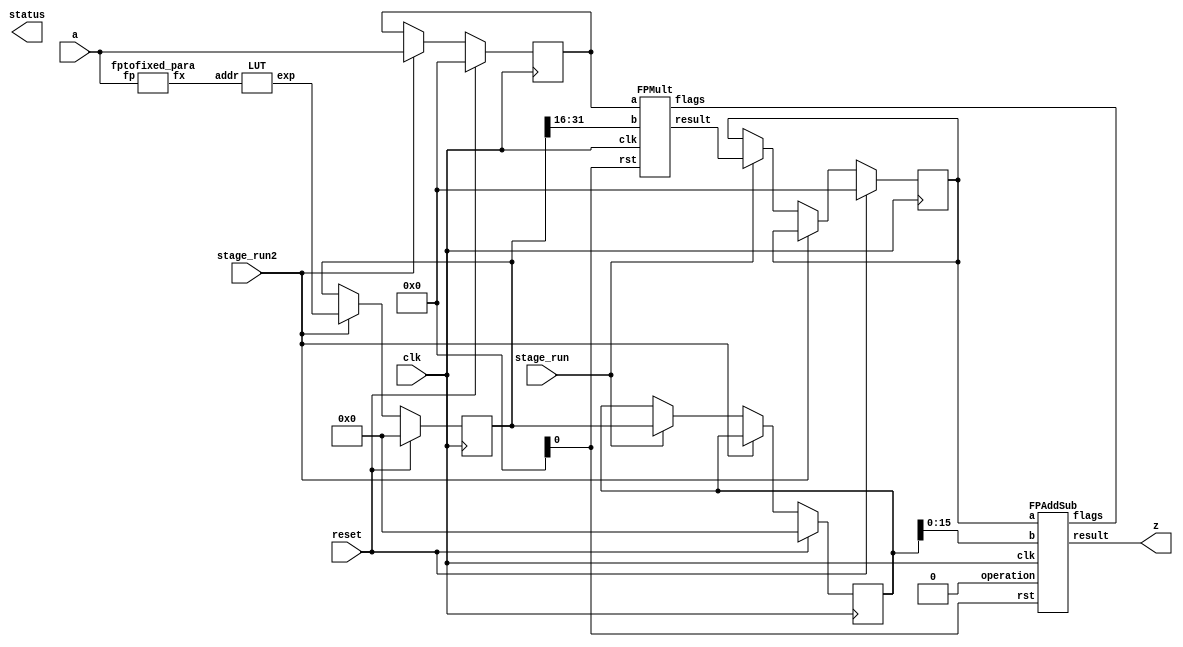
`define DEFINES_DONE
`define EXPONENT 5
`define MANTISSA 10
`define SIGN 1
`define DATAWIDTH (`SIGN+`EXPONENT+`MANTISSA)
`define IEEE_COMPLIANCE 1
`define NUM 8
`define ADDRSIZE 7
`define ADDRSIZE_FOR_TB 10
`define EXPONENT 5
`define MANTISSA 10
`define ACTUAL_MANTISSA 11
`define EXPONENT_LSB 10
`define EXPONENT_MSB 14
`define MANTISSA_LSB 0
`define MANTISSA_MSB 9
`define MANTISSA_MUL_SPLIT_LSB 3
`define MANTISSA_MUL_SPLIT_MSB 9
`define SIGN 1
`define SIGN_LOC 15
`define DWIDTH (`SIGN+`EXPONENT+`MANTISSA)
`define IEEE_COMPLIANCE 1
`define EXPONENT 5
`define MANTISSA 10
`define ACTUAL_MANTISSA 11
`define EXPONENT_LSB 10
`define EXPONENT_MSB 14
`define MANTISSA_LSB 0
`define MANTISSA_MSB 9
`define MANTISSA_MUL_SPLIT_LSB 3
`define MANTISSA_MUL_SPLIT_MSB 9
`define SIGN 1
`define SIGN_LOC 15
`define DWIDTH (`SIGN+`EXPONENT+`MANTISSA)
`define IEEE_COMPLIANCE 1
`define EXPONENT 5
`define MANTISSA 10
`define ACTUAL_MANTISSA 11
`define EXPONENT_LSB 10
`define EXPONENT_MSB 14
`define MANTISSA_LSB 0
`define MANTISSA_MSB 9
`define MANTISSA_MUL_SPLIT_LSB 3
`define MANTISSA_MUL_SPLIT_MSB 9
`define SIGN 1
`define SIGN_LOC 15
`define DWIDTH (`SIGN+`EXPONENT+`MANTISSA)
`define IEEE_COMPLIANCE 1

module expunit (a, z, status, stage_run, stage_run2, clk, reset);

  parameter int_width = 3; // fixed point integer length
  parameter frac_width = 3; // fixed point fraction length
  	
  input [15:0] a;
  input stage_run2;
  input stage_run;
  input clk;
  input reset;
  output [15:0] z;
  output [7:0] status;
  
  wire [int_width + frac_width - 1: 0] fxout;
  wire [31:0] LUTout;
  reg  [31:0] LUTout_reg;
  reg  [31:0] LUTout_reg2;
  wire [15:0] Mult_out;
  reg  [15:0] Mult_out_reg;
  reg  [15:0] a_reg;
  
  
  always @(posedge clk) begin
    if(reset) begin
      Mult_out_reg <= 0;
      LUTout_reg <= 0;
	  LUTout_reg2 <= 0;
	  a_reg <= 0;
    end
    else if(stage_run2) begin
      LUTout_reg2 <= LUTout;
	  a_reg <= a;
    end	
	else if(stage_run) begin
      Mult_out_reg <= Mult_out;
      LUTout_reg <= LUTout_reg2;
    end
  end

  wire clk_NC, rst_NC;
        
  fptofixed_para fpfx (.fp(a), .fx(fxout));
  LUT lut(.addr(fxout[int_width + frac_width - 1 : 0]), .exp(LUTout)); 
  //DW_fp_mult #(`MANTISSA, `EXPONENT, `IEEE_COMPLIANCE) fpmult (.a(a), .b(LUTout[31:16]), .rnd(3'b000), .z(Mult_out), .status());
  FPMult fpmult (.clk(clk), .rst(rst), .a(a_reg), .b(LUTout_reg2[31:16]), .result(Mult_out), .flags());
  //DW_fp_add #(`MANTISSA, `EXPONENT, `IEEE_COMPLIANCE) fpsub (.a(Mult_out_reg), .b(LUTout_reg[15:0]), .rnd(3'b000), .z(z), .status(status[7:0]));
  FPAddSub fpsub (.clk(clk), .rst(rst), .a(Mult_out_reg),	.b(LUTout_reg[15:0]), .operation(1'b0),	.result(z), .flags());
endmodule
module FPAddSub(
		clk,
		rst,
		a,
		b,
		operation,			// 0 add, 1 sub
		result,
		flags
	);
	
	// Clock and reset
	input clk ;										// Clock signal
	input rst ;										// Reset (active high, resets pipeline registers)
	
	// Input ports
	input [`DWIDTH-1:0] a ;								// Input A, a 32-bit floating point number
	input [`DWIDTH-1:0] b ;								// Input B, a 32-bit floating point number
	input operation ;								// Operation select signal
	
	// Output ports
	output [`DWIDTH-1:0] result ;						// Result of the operation
	output [4:0] flags ;							// Flags indicating exceptions according to IEEE754
	
	assign flags = 5'b0;
	
`ifdef complex_dsp
adder_fp_clk u_add(.clk(clk), .a(a), .b(b),.out(result));
`else
FPAddSub_16 u_FPAddSub (.clk(clk), .rst(rst), .a(a), .b(b), .operation(1'b0), .result(result), .flags());
`endif
endmodule
module FPAddSub_16(
		//bf16,
		clk,
		rst,
		a,
		b,
		operation,			// 0 add, 1 sub
		result,
		flags
	);
	//input bf16; //1 for Bfloat16, 0 for IEEE half precision

	// Clock and reset
	input clk ;										// Clock signal
	input rst ;										// Reset (active high, resets pipeline registers)
	
	// Input ports
	input [`DWIDTH-1:0] a ;								// Input A, a 32-bit floating point number
	input [`DWIDTH-1:0] b ;								// Input B, a 32-bit floating point number
	input operation ;								// Operation select signal
	
	// Output ports
	output [`DWIDTH-1:0] result ;						// Result of the operation
	output [4:0] flags ;							// Flags indicating exceptions according to IEEE754
	
	// Pipeline Registers
	//reg [79:0] pipe_1;							// Pipeline register PreAlign->Align1
	reg [2*`EXPONENT + 2*`DWIDTH + 5:0] pipe_1;							// Pipeline register PreAlign->Align1

	//reg [67:0] pipe_2;							// Pipeline register Align1->Align3
	//reg [2*`EXPONENT+ 2*`MANTISSA + 8:0] pipe_2;							// Pipeline register Align1->Align3
	wire [2*`EXPONENT+ 2*`MANTISSA + 8:0] pipe_2;

	//reg [76:0] pipe_3;	68						// Pipeline register Align1->Align3
	reg [2*`EXPONENT+ 2*`MANTISSA + 9:0] pipe_3;							// Pipeline register Align1->Align3

	//reg [69:0] pipe_4;							// Pipeline register Align3->Execute
	//reg [2*`EXPONENT+ 2*`MANTISSA + 9:0] pipe_4;							// Pipeline register Align3->Execute
	wire [2*`EXPONENT+ 2*`MANTISSA + 9:0] pipe_4;
	
	//reg [51:0] pipe_5;							// Pipeline register Execute->Normalize
	reg [`DWIDTH+`EXPONENT+11:0] pipe_5;							// Pipeline register Execute->Normalize

	//reg [56:0] pipe_6;							// Pipeline register Nomalize->NormalizeShift1
	//reg [`DWIDTH+`EXPONENT+16:0] pipe_6;							// Pipeline register Nomalize->NormalizeShift1
	wire [`DWIDTH+`EXPONENT+16:0] pipe_6;

	//reg [56:0] pipe_7;							// Pipeline register NormalizeShift2->NormalizeShift3
	//reg [`DWIDTH+`EXPONENT+16:0] pipe_7;							// Pipeline register NormalizeShift2->NormalizeShift3
	wire [`DWIDTH+`EXPONENT+16:0] pipe_7;
	//reg [54:0] pipe_8;							// Pipeline register NormalizeShift3->Round
	reg [`EXPONENT*2+`MANTISSA+15:0] pipe_8;							// Pipeline register NormalizeShift3->Round

	//reg [40:0] pipe_9;							// Pipeline register NormalizeShift3->Round
	//reg [`DWIDTH+8:0] pipe_9;							// Pipeline register NormalizeShift3->Round
	wire [`DWIDTH+8:0] pipe_9;

	// Internal wires between modules
	wire [`DWIDTH-2:0] Aout_0 ;							// A - sign
	wire [`DWIDTH-2:0] Bout_0 ;							// B - sign
	wire Opout_0 ;									// A's sign
	wire Sa_0 ;										// A's sign
	wire Sb_0 ;										// B's sign
	wire MaxAB_1 ;									// Indicates the larger of A and B(0/A, 1/B)
	wire [`EXPONENT-1:0] CExp_1 ;							// Common Exponent
	wire [`EXPONENT-1:0] Shift_1 ;							// Number of steps to smaller mantissa shift right (align)
	wire [`MANTISSA-1:0] Mmax_1 ;							// Larger mantissa
	wire [4:0] InputExc_0 ;						// Input numbers are exceptions
	wire [2*`EXPONENT-1:0] ShiftDet_0 ;
	wire [`MANTISSA-1:0] MminS_1 ;						// Smaller mantissa after 0/16 shift
	wire [`MANTISSA:0] MminS_2 ;						// Smaller mantissa after 0/4/8/12 shift
	wire [`MANTISSA:0] Mmin_3 ;							// Smaller mantissa after 0/1/2/3 shift
	wire [`DWIDTH:0] Sum_4 ;
	wire PSgn_4 ;
	wire Opr_4 ;
	wire [`EXPONENT-1:0] Shift_5 ;							// Number of steps to shift sum left (normalize)
	wire [`DWIDTH:0] SumS_5 ;							// Sum after 0/16 shift
	wire [`DWIDTH:0] SumS_6 ;							// Sum after 0/16 shift
	wire [`DWIDTH:0] SumS_7 ;							// Sum after 0/16 shift
	wire [`MANTISSA-1:0] NormM_8 ;						// Normalized mantissa
	wire [`EXPONENT:0] NormE_8;							// Adjusted exponent
	wire ZeroSum_8 ;								// Zero flag
	wire NegE_8 ;									// Flag indicating negative exponent
	wire R_8 ;										// Round bit
	wire S_8 ;										// Final sticky bit
	wire FG_8 ;										// Final sticky bit
	wire [`DWIDTH-1:0] P_int ;
	wire EOF ;
	
	// Prepare the operands for alignment and check for exceptions
	FPAddSub_PrealignModule PrealignModule
	(	// Inputs
		a, b, operation,
		// Outputs
		Sa_0, Sb_0, ShiftDet_0[2*`EXPONENT-1:0], InputExc_0[4:0], Aout_0[`DWIDTH-2:0], Bout_0[`DWIDTH-2:0], Opout_0) ;
		
	// Prepare the operands for alignment and check for exceptions
	FPAddSub_AlignModule AlignModule
	(	// Inputs
		pipe_1[2*`EXPONENT + 2*`DWIDTH + 4: 2*`EXPONENT +`DWIDTH + 6], pipe_1[2*`EXPONENT +`DWIDTH + 5 :  2*`EXPONENT +7], pipe_1[2*`EXPONENT+4:5],
		// Outputs
		CExp_1[`EXPONENT-1:0], MaxAB_1, Shift_1[`EXPONENT-1:0], MminS_1[`MANTISSA-1:0], Mmax_1[`MANTISSA-1:0]) ;	

	// Alignment Shift Stage 1
	FPAddSub_AlignShift1 AlignShift1
	(  // Inputs
		//bf16, 
		pipe_2[`MANTISSA-1:0], pipe_2[`EXPONENT+ 2*`MANTISSA + 4 : 2*`MANTISSA + 7],
		// Outputs
		MminS_2[`MANTISSA:0]) ;

	// Alignment Shift Stage 3 and compution of guard and sticky bits
	FPAddSub_AlignShift2 AlignShift2  
	(  // Inputs
		pipe_3[`MANTISSA:0], pipe_3[2*`MANTISSA+7:2*`MANTISSA+6],
		// Outputs
		Mmin_3[`MANTISSA:0]) ;
						
	// Perform mantissa addition
	FPAddSub_ExecutionModule ExecutionModule
	(  // Inputs
		pipe_4[`MANTISSA*2+5:`MANTISSA+6], pipe_4[`MANTISSA:0], pipe_4[2*`EXPONENT+ 2*`MANTISSA + 8], pipe_4[2*`EXPONENT+ 2*`MANTISSA + 7], pipe_4[2*`EXPONENT+ 2*`MANTISSA + 6], pipe_4[2*`EXPONENT+ 2*`MANTISSA + 9],
		// Outputs
		Sum_4[`DWIDTH:0], PSgn_4, Opr_4) ;
	
	// Prepare normalization of result
	FPAddSub_NormalizeModule NormalizeModule
	(  // Inputs
		pipe_5[`DWIDTH:0], 
		// Outputs
		SumS_5[`DWIDTH:0], Shift_5[4:0]) ;
					
	// Normalization Shift Stage 1
	FPAddSub_NormalizeShift1 NormalizeShift1
	(  // Inputs
		pipe_6[`DWIDTH:0], pipe_6[`DWIDTH+`EXPONENT+14:`DWIDTH+`EXPONENT+11],
		// Outputs
		SumS_7[`DWIDTH:0]) ;
		
	// Normalization Shift Stage 3 and final guard, sticky and round bits
	FPAddSub_NormalizeShift2 NormalizeShift2
	(  // Inputs
		pipe_7[`DWIDTH:0], pipe_7[`DWIDTH+`EXPONENT+5:`DWIDTH+6], pipe_7[`DWIDTH+`EXPONENT+15:`DWIDTH+`EXPONENT+11],
		// Outputs
		NormM_8[`MANTISSA-1:0], NormE_8[`EXPONENT:0], ZeroSum_8, NegE_8, R_8, S_8, FG_8) ;

	// Round and put result together
	FPAddSub_RoundModule RoundModule
	(  // Inputs
		 pipe_8[3], pipe_8[4+`EXPONENT:4], pipe_8[`EXPONENT+`MANTISSA+4:5+`EXPONENT], pipe_8[1], pipe_8[0], pipe_8[`EXPONENT*2+`MANTISSA+15], pipe_8[`EXPONENT*2+`MANTISSA+12], pipe_8[`EXPONENT*2+`MANTISSA+11], pipe_8[`EXPONENT*2+`MANTISSA+14], pipe_8[`EXPONENT*2+`MANTISSA+10], 
		// Outputs
		P_int[`DWIDTH-1:0], EOF) ;
	
	// Check for exceptions
	FPAddSub_ExceptionModule Exceptionmodule
	(  // Inputs
		pipe_9[8+`DWIDTH:9], pipe_9[8], pipe_9[7], pipe_9[6], pipe_9[5:1], pipe_9[0], 
		// Outputs
		result[`DWIDTH-1:0], flags[4:0]) ;			
	

assign pipe_2 = {pipe_1[2*`EXPONENT + 2*`DWIDTH + 5], pipe_1[2*`EXPONENT +6:2*`EXPONENT +5], MaxAB_1, CExp_1[`EXPONENT-1:0], Shift_1[`EXPONENT-1:0], Mmax_1[`MANTISSA-1:0], pipe_1[4:0], MminS_1[`MANTISSA-1:0]} ;
assign pipe_4 = {pipe_3[2*`EXPONENT+ 2*`MANTISSA + 9:`MANTISSA+1], Mmin_3[`MANTISSA:0]} ;
assign pipe_6 = {pipe_5[`DWIDTH+`EXPONENT+11], Shift_5[4:0], pipe_5[`DWIDTH+`EXPONENT+10:`DWIDTH+1], SumS_5[`DWIDTH:0]} ;
assign pipe_7 = {pipe_6[`DWIDTH+`EXPONENT+16:`DWIDTH+1], SumS_7[`DWIDTH:0]} ;
assign pipe_9 = {P_int[`DWIDTH-1:0], pipe_8[2], pipe_8[1], pipe_8[0], pipe_8[`EXPONENT+`MANTISSA+9:`EXPONENT+`MANTISSA+5], EOF} ;

	always @ (posedge clk) begin	
		if(rst) begin
			pipe_1 <= 0;
			//pipe_2 <= 0;
			pipe_3 <= 0;
			//pipe_4 <= 0;
			pipe_5 <= 0;
			//pipe_6 <= 0;
			//pipe_7 <= 0;
			pipe_8 <= 0;
			//pipe_9 <= 0;
		end 
		else begin
/* PIPE_1:
	[2*`EXPONENT + 2*`DWIDTH + 5]  Opout_0
	[2*`EXPONENT + 2*`DWIDTH + 4: 2*`EXPONENT +`DWIDTH + 6] A_out0
	[2*`EXPONENT +`DWIDTH + 5 :  2*`EXPONENT +7] Bout_0
	[2*`EXPONENT +6] Sa_0
	[2*`EXPONENT +5] Sb_0
	[2*`EXPONENT +4 : 5] ShiftDet_0
	[4:0] Input Exc
*/
			pipe_1 <= {Opout_0, Aout_0[`DWIDTH-2:0], Bout_0[`DWIDTH-2:0], Sa_0, Sb_0, ShiftDet_0[2*`EXPONENT -1:0], InputExc_0[4:0]} ;	
/* PIPE_2
[2*`EXPONENT+ 2*`MANTISSA + 8] operation
[2*`EXPONENT+ 2*`MANTISSA + 7] Sa_0
[2*`EXPONENT+ 2*`MANTISSA + 6] Sb_0
[2*`EXPONENT+ 2*`MANTISSA + 5] MaxAB_0
[2*`EXPONENT+ 2*`MANTISSA + 4:`EXPONENT+ 2*`MANTISSA + 5] CExp_0
[`EXPONENT+ 2*`MANTISSA + 4 : 2*`MANTISSA + 5] Shift_0
[2*`MANTISSA + 4:`MANTISSA + 5] Mmax_0
[`MANTISSA + 4 : `MANTISSA] InputExc_0
[`MANTISSA-1:0] MminS_1
*/
			//pipe_2 <= {pipe_1[2*`EXPONENT + 2*`DWIDTH + 5], pipe_1[2*`EXPONENT +6:2*`EXPONENT +5], MaxAB_1, CExp_1[`EXPONENT-1:0], Shift_1[`EXPONENT-1:0], Mmax_1[`MANTISSA-1:0], pipe_1[4:0], MminS_1[`MANTISSA-1:0]} ;	
/* PIPE_3
[2*`EXPONENT+ 2*`MANTISSA + 9] operation
[2*`EXPONENT+ 2*`MANTISSA + 8] Sa_0
[2*`EXPONENT+ 2*`MANTISSA + 7] Sb_0
[2*`EXPONENT+ 2*`MANTISSA + 6] MaxAB_0
[2*`EXPONENT+ 2*`MANTISSA + 5:`EXPONENT+ 2*`MANTISSA + 6] CExp_0
[`EXPONENT+ 2*`MANTISSA + 5 : 2*`MANTISSA + 6] Shift_0
[2*`MANTISSA + 5:`MANTISSA + 6] Mmax_0
[`MANTISSA + 5 : `MANTISSA + 1] InputExc_0
[`MANTISSA:0] MminS_2
*/
			pipe_3 <= {pipe_2[2*`EXPONENT+ 2*`MANTISSA + 8:`MANTISSA], MminS_2[`MANTISSA:0]} ;	
/* PIPE_4
[2*`EXPONENT+ 2*`MANTISSA + 9] operation
[2*`EXPONENT+ 2*`MANTISSA + 8] Sa_0
[2*`EXPONENT+ 2*`MANTISSA + 7] Sb_0
[2*`EXPONENT+ 2*`MANTISSA + 6] MaxAB_0
[2*`EXPONENT+ 2*`MANTISSA + 5:`EXPONENT+ 2*`MANTISSA + 6] CExp_0
[`EXPONENT+ 2*`MANTISSA + 5 : 2*`MANTISSA + 6] Shift_0
[2*`MANTISSA + 5:`MANTISSA + 6] Mmax_0
[`MANTISSA + 5 : `MANTISSA + 1] InputExc_0
[`MANTISSA:0] MminS_3
*/				
			//pipe_4 <= {pipe_3[2*`EXPONENT+ 2*`MANTISSA + 9:`MANTISSA+1], Mmin_3[`MANTISSA:0]} ;	
/* PIPE_5 :
[`DWIDTH+ `EXPONENT + 11] operation
[`DWIDTH+ `EXPONENT + 10] PSgn_4
[`DWIDTH+ `EXPONENT + 9] Opr_4
[`DWIDTH+ `EXPONENT + 8] Sa_0
[`DWIDTH+ `EXPONENT + 7] Sb_0
[`DWIDTH+ `EXPONENT + 6] MaxAB_0
[`DWIDTH+ `EXPONENT + 5 :`DWIDTH+6] CExp_0
[`DWIDTH+5:`DWIDTH+1] InputExc_0
[`DWIDTH:0] Sum_4
*/					
			pipe_5 <= {pipe_4[2*`EXPONENT+ 2*`MANTISSA + 9], PSgn_4, Opr_4, pipe_4[2*`EXPONENT+ 2*`MANTISSA + 8:`EXPONENT+ 2*`MANTISSA + 6], pipe_4[`MANTISSA+5:`MANTISSA+1], Sum_4[`DWIDTH:0]} ;
/* PIPE_6 :
[`DWIDTH+ `EXPONENT + 16] operation
[`DWIDTH+ `EXPONENT + 15:`DWIDTH+ `EXPONENT + 11] Shift_5
[`DWIDTH+ `EXPONENT + 10] PSgn_4
[`DWIDTH+ `EXPONENT + 9] Opr_4
[`DWIDTH+ `EXPONENT + 8] Sa_0
[`DWIDTH+ `EXPONENT + 7] Sb_0
[`DWIDTH+ `EXPONENT + 6] MaxAB_0
[`DWIDTH+ `EXPONENT + 5 :`DWIDTH+6] CExp_0
[`DWIDTH+5:`DWIDTH+1] InputExc_0
[`DWIDTH:0] Sum_4
*/				
			//pipe_6 <= {pipe_5[`DWIDTH+`EXPONENT+11], Shift_5[4:0], pipe_5[`DWIDTH+`EXPONENT+10:`DWIDTH+1], SumS_5[`DWIDTH:0]} ;	
/* PIPE_7 :
[`DWIDTH+ `EXPONENT + 16] operation
[`DWIDTH+ `EXPONENT + 15:`DWIDTH+ `EXPONENT + 11] Shift_5
[`DWIDTH+ `EXPONENT + 10] PSgn_4
[`DWIDTH+ `EXPONENT + 9] Opr_4
[`DWIDTH+ `EXPONENT + 8] Sa_0
[`DWIDTH+ `EXPONENT + 7] Sb_0
[`DWIDTH+ `EXPONENT + 6] MaxAB_0
[`DWIDTH+ `EXPONENT + 5 :`DWIDTH+6] CExp_0
[`DWIDTH+5:`DWIDTH+1] InputExc_0
[`DWIDTH:0] Sum_4
*/						
			//pipe_7 <= {pipe_6[`DWIDTH+`EXPONENT+16:`DWIDTH+1], SumS_7[`DWIDTH:0]} ;	
/* PIPE_8:
[2*`EXPONENT + `MANTISSA + 15] FG_8 
[2*`EXPONENT + `MANTISSA + 14] operation
[2*`EXPONENT + `MANTISSA + 13] PSgn_4
[2*`EXPONENT + `MANTISSA + 12] Sa_0
[2*`EXPONENT + `MANTISSA + 11] Sb_0
[2*`EXPONENT + `MANTISSA + 10] MaxAB_0
[2*`EXPONENT + `MANTISSA + 9:`EXPONENT + `MANTISSA + 10] CExp_0
[`EXPONENT + `MANTISSA + 9:`EXPONENT + `MANTISSA + 5] InputExc_8
[`EXPONENT + `MANTISSA + 4 :`EXPONENT + 5] NormM_8 
[`EXPONENT + 4 :4] NormE_8
[3] ZeroSum_8
[2] NegE_8
[1] R_8
[0] S_8
*/				
			pipe_8 <= {FG_8, pipe_7[`DWIDTH+`EXPONENT+16], pipe_7[`DWIDTH+`EXPONENT+10], pipe_7[`DWIDTH+`EXPONENT+8:`DWIDTH+1], NormM_8[`MANTISSA-1:0], NormE_8[`EXPONENT:0], ZeroSum_8, NegE_8, R_8, S_8} ;	
/* pipe_9:
[`DWIDTH + 8 :9] P_int
[8] NegE_8
[7] R_8
[6] S_8
[5:1] InputExc_8
[0] EOF
*/				
			//pipe_9 <= {P_int[`DWIDTH-1:0], pipe_8[2], pipe_8[1], pipe_8[0], pipe_8[`EXPONENT+`MANTISSA+9:`EXPONENT+`MANTISSA+5], EOF} ;	
		end
	end		
	
endmodule
module FPAddSub_ExceptionModule(
		Z,
		NegE,
		R,
		S,
		InputExc,
		EOF,
		P,
		Flags
    );
	 
	// Input ports
	input [`DWIDTH-1:0] Z	;					// Final product
	input NegE ;						// Negative exponent?
	input R ;							// Round bit
	input S ;							// Sticky bit
	input [4:0] InputExc ;			// Exceptions in inputs A and B
	input EOF ;
	
	// Output ports
	output [`DWIDTH-1:0] P ;					// Final result
	output [4:0] Flags ;				// Exception flags
	
	// Internal signals
	wire Overflow ;					// Overflow flag
	wire Underflow ;					// Underflow flag
	wire DivideByZero ;				// Divide-by-Zero flag (always 0 in Add/Sub)
	wire Invalid ;						// Invalid inputs or result
	wire Inexact ;						// Result is inexact because of rounding
	
	// Exception flags
	
	// Result is too big to be represented
	assign Overflow = EOF | InputExc[1] | InputExc[0] ;
	
	// Result is too small to be represented
	assign Underflow = NegE & (R | S);
	
	// Infinite result computed exactly from finite operands
	assign DivideByZero = &(Z[`MANTISSA+`EXPONENT-1:`MANTISSA]) & ~|(Z[`MANTISSA+`EXPONENT-1:`MANTISSA]) & ~InputExc[1] & ~InputExc[0];
	
	// Invalid inputs or operation
	assign Invalid = |(InputExc[4:2]) ;
	
	// Inexact answer due to rounding, overflow or underflow
	assign Inexact = (R | S) | Overflow | Underflow;
	
	// Put pieces together to form final result
	assign P = Z ;
	
	// Collect exception flags	
	assign Flags = {Overflow, Underflow, DivideByZero, Invalid, Inexact} ; 	
	
endmodule
module FPAddSub_RoundModule(
		ZeroSum,
		NormE,
		NormM,
		R,
		S,
		G,
		Sa,
		Sb,
		Ctrl,
		MaxAB,
		Z,
		EOF
    );

	// Input ports
	input ZeroSum ;					// Sum is zero
	input [`EXPONENT:0] NormE ;				// Normalized exponent
	input [`MANTISSA-1:0] NormM ;				// Normalized mantissa
	input R ;							// Round bit
	input S ;							// Sticky bit
	input G ;
	input Sa ;							// A's sign bit
	input Sb ;							// B's sign bit
	input Ctrl ;						// Control bit (operation)
	input MaxAB ;
	
	// Output ports
	output [`DWIDTH-1:0] Z ;					// Final result
	output EOF ;
	
	// Internal signals
	wire [`MANTISSA:0] RoundUpM ;			// Rounded up sum with room for overflow
	wire [`MANTISSA-1:0] RoundM ;				// The final rounded sum
	wire [`EXPONENT:0] RoundE ;				// Rounded exponent (note extra bit due to poential overflow	)
	wire RoundUp ;						// Flag indicating that the sum should be rounded up
        wire FSgn;
	wire ExpAdd ;						// May have to add 1 to compensate for overflow 
	wire RoundOF ;						// Rounding overflow
	
	wire [`EXPONENT:0]temp_2;
	assign temp_2 = 0;
	// The cases where we need to round upwards (= adding one) in Round to nearest, tie to even
	assign RoundUp = (G & ((R | S) | NormM[0])) ;
	
	// Note that in the other cases (rounding down), the sum is already 'rounded'
	assign RoundUpM = (NormM + 1) ;								// The sum, rounded up by 1
	assign RoundM = (RoundUp ? RoundUpM[`MANTISSA-1:0] : NormM) ; 	// Compute final mantissa	
	assign RoundOF = RoundUp & RoundUpM[`MANTISSA] ; 				// Check for overflow when rounding up

	// Calculate post-rounding exponent
	assign ExpAdd = (RoundOF ? 1'b1 : 1'b0) ; 				// Add 1 to exponent to compensate for overflow
	assign RoundE = ZeroSum ? temp_2 : (NormE + ExpAdd) ; 							// Final exponent

	// If zero, need to determine sign according to rounding
	assign FSgn = (ZeroSum & (Sa ^ Sb)) | (ZeroSum ? (Sa & Sb & ~Ctrl) : ((~MaxAB & Sa) | ((Ctrl ^ Sb) & (MaxAB | Sa)))) ;

	// Assign final result
	assign Z = {FSgn, RoundE[`EXPONENT-1:0], RoundM[`MANTISSA-1:0]} ;
	
	// Indicate exponent overflow
	assign EOF = RoundE[`EXPONENT];
	
endmodule
module FPAddSub_NormalizeShift2(
		PSSum,
		CExp,
		Shift,
		NormM,
		NormE,
		ZeroSum,
		NegE,
		R,
		S,
		FG
	);
	
	// Input ports
	input [`DWIDTH:0] PSSum ;					// The Pre-Shift-Sum
	input [`EXPONENT-1:0] CExp ;
	input [4:0] Shift ;					// Amount to be shifted

	// Output ports
	output [`MANTISSA-1:0] NormM ;				// Normalized mantissa
	output [`EXPONENT:0] NormE ;					// Adjusted exponent
	output ZeroSum ;						// Zero flag
	output NegE ;							// Flag indicating negative exponent
	output R ;								// Round bit
	output S ;								// Final sticky bit
	output FG ;

	// Internal signals
	wire MSBShift ;						// Flag indicating that a second shift is needed
	wire [`EXPONENT:0] ExpOF ;					// MSB set in sum indicates overflow
	wire [`EXPONENT:0] ExpOK ;					// MSB not set, no adjustment
	
	// Calculate normalized exponent and mantissa, check for all-zero sum
	assign MSBShift = PSSum[`DWIDTH] ;		// Check MSB in unnormalized sum
	assign ZeroSum = ~|PSSum ;			// Check for all zero sum
	assign ExpOK = CExp - Shift ;		// Adjust exponent for new normalized mantissa
	assign NegE = ExpOK[`EXPONENT] ;			// Check for exponent overflow
	assign ExpOF = CExp - Shift + 1'b1 ;		// If MSB set, add one to exponent(x2)
	assign NormE = MSBShift ? ExpOF : ExpOK ;			// Check for exponent overflow
	assign NormM = PSSum[`DWIDTH-1:`EXPONENT+1] ;		// The new, normalized mantissa
	
	// Also need to compute sticky and round bits for the rounding stage
	assign FG = PSSum[`EXPONENT] ; 
	assign R = PSSum[`EXPONENT-1] ;
	assign S = |PSSum[`EXPONENT-2:0] ;
	
endmodule
module FPAddSub_NormalizeShift1(
		MminP,
		Shift,
		Mmin
	);
	
	// Input ports
	input [`DWIDTH:0] MminP ;						// Smaller mantissa after 16|12|8|4 shift
	input [3:0] Shift ;						// Shift amount
	
	// Output ports
	output [`DWIDTH:0] Mmin ;						// The smaller mantissa
	
	reg	  [`DWIDTH:0]		Lvl2;
	wire    [2*`DWIDTH+1:0]    Stage1;	
	reg	  [`DWIDTH:0]		Lvl3;
	wire    [2*`DWIDTH+1:0]    Stage2;	
	integer           i;               	// Loop variable
	
	assign Stage1 = {MminP, MminP};

	always @(*) begin    					// Rotate {0 | 4 | 8 | 12} bits
	  case (Shift[3:2])
			// Rotate by 0
			2'b00: Lvl2 <= Stage1[`DWIDTH:0];       		
			// Rotate by 4
			2'b01: begin for (i=33; i>=17; i=i-1) begin Lvl2[i-33] <= Stage1[i-4]; end Lvl2[3:0] <= 0; end
			// Rotate by 8
			2'b10: begin for (i=33; i>=17; i=i-1) begin Lvl2[i-33] <= Stage1[i-8]; end Lvl2[7:0] <= 0; end
			// Rotate by 12
			2'b11: begin for (i=33; i>=17; i=i-1) begin Lvl2[i-33] <= Stage1[i-12]; end Lvl2[11:0] <= 0; end
	  endcase
	end
	
	assign Stage2 = {Lvl2, Lvl2};

	always @(*) begin   				 		// Rotate {0 | 1 | 2 | 3} bits
	  case (Shift[1:0])
			// Rotate by 0
			2'b00:  Lvl3 <= Stage2[`DWIDTH:0];
			// Rotate by 1
			2'b01: begin for (i=33; i>=17; i=i-1) begin Lvl3[i-`DWIDTH-1] <= Stage2[i-1]; end Lvl3[0] <= 0; end 
			// Rotate by 2
			2'b10: begin for (i=33; i>=17; i=i-1) begin Lvl3[i-`DWIDTH-1] <= Stage2[i-2]; end Lvl3[1:0] <= 0; end
			// Rotate by 3
			2'b11: begin for (i=33; i>=17; i=i-1) begin Lvl3[i-`DWIDTH-1] <= Stage2[i-3]; end Lvl3[2:0] <= 0; end
	  endcase
	end
	
	// Assign outputs
	assign Mmin = Lvl3;						// Take out smaller mantissa			
	
endmodule
module FPAddSub_NormalizeModule(
		Sum,
		Mmin,
		Shift
    );

	// Input ports
	input [`DWIDTH:0] Sum ;					// Mantissa sum including hidden 1 and GRS
	
	// Output ports
	output [`DWIDTH:0] Mmin ;					// Mantissa after 16|0 shift
	output [4:0] Shift ;					// Shift amount
	//Changes in this doesn't matter since even Bfloat16 can't go beyond 7 shift to the mantissa (only 3 bits valid here)  
	// Determine normalization shift amount by finding leading nought
	assign Shift =  ( 
		Sum[16] ? 5'b00000 :	 
		Sum[15] ? 5'b00001 : 
		Sum[14] ? 5'b00010 : 
		Sum[13] ? 5'b00011 : 
		Sum[12] ? 5'b00100 : 
		Sum[11] ? 5'b00101 : 
		Sum[10] ? 5'b00110 : 
		Sum[9] ? 5'b00111 :
		Sum[8] ? 5'b01000 :
		Sum[7] ? 5'b01001 :
		Sum[6] ? 5'b01010 :
		Sum[5] ? 5'b01011 :
		Sum[4] ? 5'b01100 : 5'b01101
	//	Sum[19] ? 5'b01101 :
	//	Sum[18] ? 5'b01110 :
	//	Sum[17] ? 5'b01111 :
	//	Sum[16] ? 5'b10000 :
	//	Sum[15] ? 5'b10001 :
	//	Sum[14] ? 5'b10010 :
	//	Sum[13] ? 5'b10011 :
	//	Sum[12] ? 5'b10100 :
	//	Sum[11] ? 5'b10101 :
	//	Sum[10] ? 5'b10110 :
	//	Sum[9] ? 5'b10111 :
	//	Sum[8] ? 5'b11000 :
	//	Sum[7] ? 5'b11001 : 5'b11010
	);
	
	reg	  [`DWIDTH:0]		Lvl1;
	
	always @(*) begin
		// Rotate by 16?
		Lvl1 <= Shift[4] ? {Sum[8:0], 8'b00000000} : Sum; 
	end
	
	// Assign outputs
	assign Mmin = Lvl1;						// Take out smaller mantissa

endmodule
module FPAddSub_ExecutionModule(
		Mmax,
		Mmin,
		Sa,
		Sb,
		MaxAB,
		OpMode,
		Sum,
		PSgn,
		Opr
    );

	// Input ports
	input [`MANTISSA-1:0] Mmax ;					// The larger mantissa
	input [`MANTISSA:0] Mmin ;					// The smaller mantissa
	input Sa ;								// Sign bit of larger number
	input Sb ;								// Sign bit of smaller number
	input MaxAB ;							// Indicates the larger number (0/A, 1/B)
	input OpMode ;							// Operation to be performed (0/Add, 1/Sub)
	
	// Output ports
	output [`DWIDTH:0] Sum ;					// The result of the operation
	output PSgn ;							// The sign for the result
	output Opr ;							// The effective (performed) operation

	wire [`EXPONENT-1:0]temp_1;

	assign Opr = (OpMode^Sa^Sb); 		// Resolve sign to determine operation
	assign temp_1 = 0;
	// Perform effective operation
//SAMIDH_UNSURE 5--> 8

	assign Sum = (OpMode^Sa^Sb) ? ({1'b1, Mmax, temp_1} - {Mmin, temp_1}) : ({1'b1, Mmax, temp_1} + {Mmin, temp_1}) ;
	
	// Assign result sign
	assign PSgn = (MaxAB ? Sb : Sa) ;

endmodule
module FPAddSub_AlignShift2(
		MminP,
		Shift,
		Mmin
	);
	
	// Input ports
	input [`MANTISSA:0] MminP ;						// Smaller mantissa after 16|12|8|4 shift
	input [1:0] Shift ;						// Shift amount. Last 2 bits
	
	// Output ports
	output [`MANTISSA:0] Mmin ;						// The smaller mantissa
	
	// Internal Signal
	reg	  [`MANTISSA:0]		Lvl3;
	wire    [2*`MANTISSA+1:0]    Stage2;	
	integer           j;               // Loop variable
	
	assign Stage2 = {11'b0, MminP};

	always @(*) begin    // Rotate {0 | 1 | 2 | 3} bits
	  case (Shift[1:0])
			// Rotate by 0
			2'b00:  Lvl3 <= Stage2[`MANTISSA:0];   
			// Rotate by 1
			2'b01:  begin for (j=0; j<=`MANTISSA; j=j+1)  begin Lvl3[j] <= Stage2[j+1]; end Lvl3[`MANTISSA] <= 0; end 
			// Rotate by 2
			2'b10:  begin for (j=0; j<=`MANTISSA; j=j+1)  begin Lvl3[j] <= Stage2[j+2]; end Lvl3[`MANTISSA:`MANTISSA-1] <= 0; end 
			// Rotate by 3
			2'b11:  begin for (j=0; j<=`MANTISSA; j=j+1)  begin Lvl3[j] <= Stage2[j+3]; end Lvl3[`MANTISSA:`MANTISSA-2] <= 0; end 	  
	  endcase
	end
	
	// Assign output
	assign Mmin = Lvl3;						// Take out smaller mantissa				

endmodule
module FPAddSub_AlignShift1(
		//bf16,
		MminP,
		Shift,
		Mmin
	);
	
	// Input ports
	//input bf16;
	input [`MANTISSA-1:0] MminP ;						// Smaller mantissa after 16|12|8|4 shift
	input [`EXPONENT-3:0] Shift ;						// Shift amount. Last 2 bits of shifting are done in next stage. Hence, we have [`EXPONENT - 2] bits
	
	// Output ports
	output [`MANTISSA:0] Mmin ;						// The smaller mantissa
	

	wire bf16;
	assign bf16 = 1'b1; //hardcoding to 1, to avoid ODIN issue. a `ifdef here wasn't working. apparently, nested `ifdefs don't work

	// Internal signals
	reg	  [`MANTISSA:0]		Lvl1;
	reg	  [`MANTISSA:0]		Lvl2;
	wire    [2*`MANTISSA+1:0]    Stage1;	
	integer           i;                // Loop variable

	wire [`MANTISSA:0] temp_0; 

assign temp_0 = 0;

	always @(*) begin
		if (bf16 == 1'b1) begin						
//hardcoding for bfloat16
	//For bfloat16, we can shift the mantissa by a max of 7 bits since mantissa has a width of 7. 
	//Hence if either, bit[3]/bit[4]/bit[5]/bit[6]/bit[7] is 1, we can make it 0. This corresponds to bits [5:1] in our updated shift which doesn't contain last 2 bits.
		//Lvl1 <= (Shift[1]|Shift[2]|Shift[3]|Shift[4]|Shift[5]) ? {temp_0} : {1'b1, MminP};  // MANTISSA + 1 width	
		Lvl1 <= (|Shift[`EXPONENT-3:1]) ? {temp_0} : {1'b1, MminP};  // MANTISSA + 1 width	
		end
		else begin
		//for half precision fp16, 10 bits can be shifted. Hence, only shifts till 10 (01010)can be made. 
		Lvl1 <= Shift[2] ? {temp_0} : {1'b1, MminP};
		end
	end
	
	assign Stage1 = { temp_0, Lvl1}; //2*MANTISSA + 2 width

	always @(*) begin    					// Rotate {0 | 4 } bits
	if(bf16 == 1'b1) begin
	  case (Shift[0])
			// Rotate by 0	
			1'b0:  Lvl2 <= Stage1[`MANTISSA:0];       			
			// Rotate by 4	
			1'b1:  begin for (i=0; i<=`MANTISSA; i=i+1) begin Lvl2[i] <= Stage1[i+4]; end Lvl2[`MANTISSA:`MANTISSA-3] <= 0; end
	  endcase
	end
	else begin
	  case (Shift[1:0])					// Rotate {0 | 4 | 8} bits
			// Rotate by 0	
			2'b00:  Lvl2 <= Stage1[`MANTISSA:0];       			
			// Rotate by 4	
			2'b01:  begin for (i=0; i<=`MANTISSA; i=i+1) begin Lvl2[i] <= Stage1[i+4]; end Lvl2[`MANTISSA:`MANTISSA-3] <= 0; end
			// Rotate by 8
			2'b10:  begin for (i=0; i<=`MANTISSA; i=i+1) begin Lvl2[i] <= Stage1[i+8]; end Lvl2[`MANTISSA:`MANTISSA-7] <= 0; end
			// Rotate by 12	
			2'b11: Lvl2[`MANTISSA: 0] <= 0; 
			//2'b11:  begin for (i=0; i<=`MANTISSA; i=i+1) begin Lvl2[i] <= Stage1[i+12]; end Lvl2[`MANTISSA:`MANTISSA-12] <= 0; end
	  endcase
	end
	end

	// Assign output to next shift stage
	assign Mmin = Lvl2;
	
endmodule
module FPAddSub_AlignModule (
		A,
		B,
		ShiftDet,
		CExp,
		MaxAB,
		Shift,
		Mmin,
		Mmax
	);
	
	// Input ports
	input [`DWIDTH-2:0] A ;								// Input A, a 32-bit floating point number
	input [`DWIDTH-2:0] B ;								// Input B, a 32-bit floating point number
	input [2*`EXPONENT-1:0] ShiftDet ;
	
	// Output ports
	output [`EXPONENT-1:0] CExp ;							// Common Exponent
	output MaxAB ;									// Incidates larger of A and B (0/A, 1/B)
	output [`EXPONENT-1:0] Shift ;							// Number of steps to smaller mantissa shift right
	output [`MANTISSA-1:0] Mmin ;							// Smaller mantissa 
	output [`MANTISSA-1:0] Mmax ;							// Larger mantissa
	
	// Internal signals
	//wire BOF ;										// Check for shifting overflow if B is larger
	//wire AOF ;										// Check for shifting overflow if A is larger
	
	assign MaxAB = (A[`DWIDTH-2:0] < B[`DWIDTH-2:0]) ;	
	//assign BOF = ShiftDet[9:5] < 25 ;		// Cannot shift more than 25 bits
	//assign AOF = ShiftDet[4:0] < 25 ;		// Cannot shift more than 25 bits
	
	// Determine final shift value
	//assign Shift = MaxAB ? (BOF ? ShiftDet[9:5] : 5'b11001) : (AOF ? ShiftDet[4:0] : 5'b11001) ;
	
	assign Shift = MaxAB ? ShiftDet[2*`EXPONENT-1:`EXPONENT] : ShiftDet[`EXPONENT-1:0] ;
	
	// Take out smaller mantissa and append shift space
	assign Mmin = MaxAB ? A[`MANTISSA-1:0] : B[`MANTISSA-1:0] ; 
	
	// Take out larger mantissa	
	assign Mmax = MaxAB ? B[`MANTISSA-1:0]: A[`MANTISSA-1:0] ;	
	
	// Common exponent
	assign CExp = (MaxAB ? B[`MANTISSA+`EXPONENT-1:`MANTISSA] : A[`MANTISSA+`EXPONENT-1:`MANTISSA]) ;		
	
endmodule
module FPAddSub_PrealignModule(
		A,
		B,
		operation,
		Sa,
		Sb,
		ShiftDet,
		InputExc,
		Aout,
		Bout,
		Opout
	);
	
	// Input ports
	input [`DWIDTH-1:0] A ;										// Input A, a 32-bit floating point number
	input [`DWIDTH-1:0] B ;										// Input B, a 32-bit floating point number
	input operation ;
	
	// Output ports
	output Sa ;												// A's sign
	output Sb ;												// B's sign
	output [2*`EXPONENT-1:0] ShiftDet ;
	output [4:0] InputExc ;								// Input numbers are exceptions
	output [`DWIDTH-2:0] Aout ;
	output [`DWIDTH-2:0] Bout ;
	output Opout ;
	
	// Internal signals									// If signal is high...
	wire ANaN ;												// A is a NaN (Not-a-Number)
	wire BNaN ;												// B is a NaN
	wire AInf ;												// A is infinity
	wire BInf ;												// B is infinity
	wire [`EXPONENT-1:0] DAB ;										// ExpA - ExpB					
	wire [`EXPONENT-1:0] DBA ;										// ExpB - ExpA	
	
	assign ANaN = &(A[`DWIDTH-2:`DWIDTH-1-`EXPONENT]) & |(A[`MANTISSA-1:0]) ;		// All one exponent and not all zero mantissa - NaN
	assign BNaN = &(B[`DWIDTH-2:`DWIDTH-1-`EXPONENT]) & |(B[`MANTISSA-1:0]);		// All one exponent and not all zero mantissa - NaN
	assign AInf = &(A[`DWIDTH-2:`DWIDTH-1-`EXPONENT]) & ~|(A[`MANTISSA-1:0]) ;	// All one exponent and all zero mantissa - Infinity
	assign BInf = &(B[`DWIDTH-2:`DWIDTH-1-`EXPONENT]) & ~|(B[`MANTISSA-1:0]) ;	// All one exponent and all zero mantissa - Infinity
	
	// Put all flags into exception vector
	assign InputExc = {(ANaN | BNaN | AInf | BInf), ANaN, BNaN, AInf, BInf} ;
	
	//assign DAB = (A[30:23] - B[30:23]) ;
	//assign DBA = (B[30:23] - A[30:23]) ;
	assign DAB = (A[`DWIDTH-2:`MANTISSA] + ~(B[`DWIDTH-2:`MANTISSA]) + 1) ;
	assign DBA = (B[`DWIDTH-2:`MANTISSA] + ~(A[`DWIDTH-2:`MANTISSA]) + 1) ;
	
	assign Sa = A[`DWIDTH-1] ;									// A's sign bit
	assign Sb = B[`DWIDTH-1] ;									// B's sign	bit
	assign ShiftDet = {DBA[`EXPONENT-1:0], DAB[`EXPONENT-1:0]} ;		// Shift data
	assign Opout = operation ;
	assign Aout = A[`DWIDTH-2:0] ;
	assign Bout = B[`DWIDTH-2:0] ;
	
endmodule
module FPMult(
		clk,
		rst,
		a,
		b,
		result,
		flags
    );
	
	// Input Ports
	input clk ;							// Clock
	input rst ;							// Reset signal
	input [`DWIDTH-1:0] a;					// Input A, a 32-bit floating point number
	input [`DWIDTH-1:0] b;					// Input B, a 32-bit floating point number
	
	// Output ports
	output [`DWIDTH-1:0] result ;					// Product, result of the operation, 32-bit FP number
	output [4:0] flags ;				// Flags indicating exceptions according to IEEE754
	assign flags = 5'b0;
`ifdef complex_dsp
	multiply_fp_clk u_mult_fp(.clk(clk), .a(a), .b(b), .out(result)); 
`else
FPMult_16 u_FPMult (.clk(clk), .rst(1'b0), .a(a), .b(b), .result(result), .flags());
`endif
	
		
endmodule
module FPMult_16(
		clk,
		rst,
		a,
		b,
		result,
		flags
    );
	
	// Input Ports
	input clk ;							// Clock
	input rst ;							// Reset signal
	input [`DWIDTH-1:0] a;						// Input A, a 32-bit floating point number
	input [`DWIDTH-1:0] b;						// Input B, a 32-bit floating point number
	
	// Output ports
	output [`DWIDTH-1:0] result ;					// Product, result of the operation, 32-bit FP number
	output [4:0] flags ;						// Flags indicating exceptions according to IEEE754
	
	// Internal signals
	wire [`DWIDTH-1:0] Z_int ;					// Product, result of the operation, 32-bit FP number
	wire [4:0] Flags_int ;						// Flags indicating exceptions according to IEEE754
	
	wire Sa ;							// A's sign
	wire Sb ;							// B's sign
	wire Sp ;							// Product sign
	wire [`EXPONENT-1:0] Ea ;					// A's exponent
	wire [`EXPONENT-1:0] Eb ;					// B's exponent
	wire [2*`MANTISSA+1:0] Mp ;					// Product mantissa
	wire [4:0] InputExc ;						// Exceptions in inputs
	wire [`MANTISSA-1:0] NormM ;					// Normalized mantissa
	wire [`EXPONENT:0] NormE ;					// Normalized exponent
	wire [`MANTISSA:0] RoundM ;					// Normalized mantissa
	wire [`EXPONENT:0] RoundE ;					// Normalized exponent
	wire [`MANTISSA:0] RoundMP ;					// Normalized mantissa
	wire [`EXPONENT:0] RoundEP ;					// Normalized exponent
	wire GRS ;

	//reg [63:0] pipe_0;						// Pipeline register Input->Prep
	reg [2*`DWIDTH-1:0] pipe_0;					// Pipeline register Input->Prep

	//reg [92:0] pipe_1;						// Pipeline register Prep->Execute
	//reg [3*`MANTISSA+2*`EXPONENT+7:0] pipe_1;			// Pipeline register Prep->Execute
	reg [3*`MANTISSA+2*`EXPONENT+18:0] pipe_1;

	//reg [38:0] pipe_2;						// Pipeline register Execute->Normalize
	reg [`MANTISSA+`EXPONENT+7:0] pipe_2;				// Pipeline register Execute->Normalize
	
	//reg [72:0] pipe_3;						// Pipeline register Normalize->Round
	reg [2*`MANTISSA+2*`EXPONENT+10:0] pipe_3;			// Pipeline register Normalize->Round

	//reg [36:0] pipe_4;						// Pipeline register Round->Output
	reg [`DWIDTH+4:0] pipe_4;					// Pipeline register Round->Output
	
	assign result = pipe_4[`DWIDTH+4:5] ;
	assign flags = pipe_4[4:0] ;
	
	// Prepare the operands for alignment and check for exceptions
	FPMult_PrepModule PrepModule(clk, rst, pipe_0[2*`DWIDTH-1:`DWIDTH], pipe_0[`DWIDTH-1:0], Sa, Sb, Ea[`EXPONENT-1:0], Eb[`EXPONENT-1:0], Mp[2*`MANTISSA+1:0], InputExc[4:0]) ;

	// Perform (unsigned) mantissa multiplication
	FPMult_ExecuteModule ExecuteModule(pipe_1[3*`MANTISSA+`EXPONENT*2+7:2*`MANTISSA+2*`EXPONENT+8], pipe_1[2*`MANTISSA+2*`EXPONENT+7:2*`MANTISSA+7], pipe_1[2*`MANTISSA+6:5], pipe_1[2*`MANTISSA+2*`EXPONENT+6:2*`MANTISSA+`EXPONENT+7], pipe_1[2*`MANTISSA+`EXPONENT+6:2*`MANTISSA+7], pipe_1[2*`MANTISSA+2*`EXPONENT+8], pipe_1[2*`MANTISSA+2*`EXPONENT+7], Sp, NormE[`EXPONENT:0], NormM[`MANTISSA-1:0], GRS) ;

	// Round result and if necessary, perform a second (post-rounding) normalization step
	FPMult_NormalizeModule NormalizeModule(pipe_2[`MANTISSA-1:0], pipe_2[`MANTISSA+`EXPONENT:`MANTISSA], RoundE[`EXPONENT:0], RoundEP[`EXPONENT:0], RoundM[`MANTISSA:0], RoundMP[`MANTISSA:0]) ;		

	// Round result and if necessary, perform a second (post-rounding) normalization step
	//FPMult_RoundModule RoundModule(pipe_3[47:24], pipe_3[23:0], pipe_3[65:57], pipe_3[56:48], pipe_3[66], pipe_3[67], pipe_3[72:68], Z_int[31:0], Flags_int[4:0]) ;		
	FPMult_RoundModule RoundModule(pipe_3[2*`MANTISSA+1:`MANTISSA+1], pipe_3[`MANTISSA:0], pipe_3[2*`MANTISSA+2*`EXPONENT+3:2*`MANTISSA+`EXPONENT+3], pipe_3[2*`MANTISSA+`EXPONENT+2:2*`MANTISSA+2], pipe_3[2*`MANTISSA+2*`EXPONENT+4], pipe_3[2*`MANTISSA+2*`EXPONENT+5], pipe_3[2*`MANTISSA+2*`EXPONENT+10:2*`MANTISSA+2*`EXPONENT+6], Z_int[`DWIDTH-1:0], Flags_int[4:0]) ;		

//adding always@ (*) instead of posedge clock to make design combinational
	always @ (posedge clk) begin	
		if(rst) begin
			pipe_0 <= 0;
			pipe_1 <= 0;
			pipe_2 <= 0; 
			pipe_3 <= 0;
			pipe_4 <= 0;
		end 
		else begin		
			/* PIPE 0
				[2*`DWIDTH-1:`DWIDTH] A
				[`DWIDTH-1:0] B
			*/
                       pipe_0 <= {a, b} ;


			/* PIPE 1
				[2*`EXPONENT+3*`MANTISSA + 18: 2*`EXPONENT+2*`MANTISSA + 18] //pipe_0[`DWIDTH+`MANTISSA-1:`DWIDTH] , mantissa of A
				[2*`EXPONENT+2*`MANTISSA + 17 :2*`EXPONENT+2*`MANTISSA + 9] // pipe_0[8:0]
				[2*`EXPONENT+2*`MANTISSA + 8] Sa
				[2*`EXPONENT+2*`MANTISSA + 7] Sb
				[2*`EXPONENT+2*`MANTISSA + 6:`EXPONENT+2*`MANTISSA+7] Ea
				[`EXPONENT +2*`MANTISSA+6:2*`MANTISSA+7] Eb
				[2*`MANTISSA+1+5:5] Mp
				[4:0] InputExc
			*/
			//pipe_1 <= {pipe_0[`DWIDTH+`MANTISSA-1:`DWIDTH], pipe_0[`MANTISSA_MUL_SPLIT_LSB-1:0], Sa, Sb, Ea[`EXPONENT-1:0], Eb[`EXPONENT-1:0], Mp[2*`MANTISSA-1:0], InputExc[4:0]} ;
			pipe_1 <= {pipe_0[`DWIDTH+`MANTISSA-1:`DWIDTH], pipe_0[8:0], Sa, Sb, Ea[`EXPONENT-1:0], Eb[`EXPONENT-1:0], Mp[2*`MANTISSA+1:0], InputExc[4:0]} ;
			
			/* PIPE 2
				[`EXPONENT + `MANTISSA + 7:`EXPONENT + `MANTISSA + 3] InputExc
				[`EXPONENT + `MANTISSA + 2] GRS
				[`EXPONENT + `MANTISSA + 1] Sp
				[`EXPONENT + `MANTISSA:`MANTISSA] NormE
				[`MANTISSA-1:0] NormM
			*/
			pipe_2 <= {pipe_1[4:0], GRS, Sp, NormE[`EXPONENT:0], NormM[`MANTISSA-1:0]} ;
			/* PIPE 3
				[2*`EXPONENT+2*`MANTISSA+10:2*`EXPONENT+2*`MANTISSA+6] InputExc
				[2*`EXPONENT+2*`MANTISSA+5] GRS
				[2*`EXPONENT+2*`MANTISSA+4] Sp	
				[2*`EXPONENT+2*`MANTISSA+3:`EXPONENT+2*`MANTISSA+3] RoundE
				[`EXPONENT+2*`MANTISSA+2:2*`MANTISSA+2] RoundEP
				[2*`MANTISSA+1:`MANTISSA+1] RoundM
				[`MANTISSA:0] RoundMP
			*/
			pipe_3 <= {pipe_2[`EXPONENT+`MANTISSA+7:`EXPONENT+`MANTISSA+1], RoundE[`EXPONENT:0], RoundEP[`EXPONENT:0], RoundM[`MANTISSA:0], RoundMP[`MANTISSA:0]} ;
			/* PIPE 4
				[`DWIDTH+4:5] Z
				[4:0] Flags
			*/				
			pipe_4 <= {Z_int[`DWIDTH-1:0], Flags_int[4:0]} ;
		end
	end
		
endmodule
module FPMult_RoundModule(
		RoundM,
		RoundMP,
		RoundE,
		RoundEP,
		Sp,
		GRS,
		InputExc,
		Z,
		Flags
    );

	// Input Ports
	input [`MANTISSA:0] RoundM ;									// Normalized mantissa
	input [`MANTISSA:0] RoundMP ;									// Normalized exponent
	input [`EXPONENT:0] RoundE ;									// Normalized mantissa + 1
	input [`EXPONENT:0] RoundEP ;									// Normalized exponent + 1
	input Sp ;												// Product sign
	input GRS ;
	input [4:0] InputExc ;
	
	// Output Ports
	output [`DWIDTH-1:0] Z ;										// Final product
	output [4:0] Flags ;
	
	// Internal Signals
	wire [`EXPONENT:0] FinalE ;									// Rounded exponent
	wire [`MANTISSA:0] FinalM;
	wire [`MANTISSA:0] PreShiftM;
	
	assign PreShiftM = GRS ? RoundMP : RoundM ;	// Round up if R and (G or S)
	
	// Post rounding normalization (potential one bit shift> use shifted mantissa if there is overflow)
	assign FinalM = (PreShiftM[`MANTISSA] ? {1'b0, PreShiftM[`MANTISSA:1]} : PreShiftM[`MANTISSA:0]) ;
	
	assign FinalE = (PreShiftM[`MANTISSA] ? RoundEP : RoundE) ; // Increment exponent if a shift was done
	
	assign Z = {Sp, FinalE[`EXPONENT-1:0], FinalM[`MANTISSA-1:0]} ;   // Putting the pieces together
	assign Flags = InputExc[4:0];

endmodule
module FPMult_NormalizeModule(
		NormM,
		NormE,
		RoundE,
		RoundEP,
		RoundM,
		RoundMP
    );

	// Input Ports
	input [`MANTISSA-1:0] NormM ;									// Normalized mantissa
	input [`EXPONENT:0] NormE ;									// Normalized exponent

	// Output Ports
	output [`EXPONENT:0] RoundE ;
	output [`EXPONENT:0] RoundEP ;
	output [`MANTISSA:0] RoundM ;
	output [`MANTISSA:0] RoundMP ; 
	
// EXPONENT = 5 
// EXPONENT -1 = 4
// NEED to subtract 2^4 -1 = 15

wire [`EXPONENT-1 : 0] bias;

assign bias =  ((1<< (`EXPONENT -1)) -1);

	assign RoundE = NormE - bias ;
	assign RoundEP = NormE - bias -1 ;
	assign RoundM = NormM ;
	assign RoundMP = NormM ;

endmodule
module FPMult_ExecuteModule(
		a,
		b,
		MpC,
		Ea,
		Eb,
		Sa,
		Sb,
		Sp,
		NormE,
		NormM,
		GRS
    );

	// Input ports
	input [`MANTISSA-1:0] a ;
	input [2*`EXPONENT:0] b ;
	input [2*`MANTISSA+1:0] MpC ;
	input [`EXPONENT-1:0] Ea ;						// A's exponent
	input [`EXPONENT-1:0] Eb ;						// B's exponent
	input Sa ;								// A's sign
	input Sb ;								// B's sign
	
	// Output ports
	output Sp ;								// Product sign
	output [`EXPONENT:0] NormE ;													// Normalized exponent
	output [`MANTISSA-1:0] NormM ;												// Normalized mantissa
	output GRS ;
	
	wire [2*`MANTISSA+1:0] Mp ;
	
	assign Sp = (Sa ^ Sb) ;												// Equal signs give a positive product
	
   // wire [`ACTUAL_MANTISSA-1:0] inp_a;
   // wire [`ACTUAL_MANTISSA-1:0] inp_b;
   // assign inp_a = {1'b1, a};
   // assign inp_b = {{(`MANTISSA-`MANTISSA_MUL_SPLIT_LSB){1'b0}}, 1'b0, b};
   // DW02_mult #(`ACTUAL_MANTISSA,`ACTUAL_MANTISSA) u_mult(.A(inp_a), .B(inp_b), .TC(1'b0), .PRODUCT(Mp_temp));
   // DW01_add #(2*`ACTUAL_MANTISSA) u_add(.A(Mp_temp), .B(MpC<<`MANTISSA_MUL_SPLIT_LSB), .CI(1'b0), .SUM(Mp), .CO());

	//assign Mp = (MpC<<(2*`EXPONENT+1)) + ({4'b0001, a[`MANTISSA-1:0]}*{1'b0, b[2*`EXPONENT:0]}) ;
	assign Mp = MpC;


	assign NormM = (Mp[2*`MANTISSA+1] ? Mp[2*`MANTISSA:`MANTISSA+1] : Mp[2*`MANTISSA-1:`MANTISSA]); 	// Check for overflow
	assign NormE = (Ea + Eb + Mp[2*`MANTISSA+1]);								// If so, increment exponent
	
	assign GRS = ((Mp[`MANTISSA]&(Mp[`MANTISSA+1]))|(|Mp[`MANTISSA-1:0])) ;
	
endmodule
module FPMult_PrepModule (
		clk,
		rst,
		a,
		b,
		Sa,
		Sb,
		Ea,
		Eb,
		Mp,
		InputExc
	);
	
	// Input ports
	input clk ;
	input rst ;
	input [`DWIDTH-1:0] a ;								// Input A, a 32-bit floating point number
	input [`DWIDTH-1:0] b ;								// Input B, a 32-bit floating point number
	
	// Output ports
	output Sa ;										// A's sign
	output Sb ;										// B's sign
	output [`EXPONENT-1:0] Ea ;								// A's exponent
	output [`EXPONENT-1:0] Eb ;								// B's exponent
	output [2*`MANTISSA+1:0] Mp ;							// Mantissa product
	output [4:0] InputExc ;						// Input numbers are exceptions
	
	// Internal signals							// If signal is high...
	wire ANaN ;										// A is a signalling NaN
	wire BNaN ;										// B is a signalling NaN
	wire AInf ;										// A is infinity
	wire BInf ;										// B is infinity
    wire [`MANTISSA-1:0] Ma;
    wire [`MANTISSA-1:0] Mb;
	
	assign ANaN = &(a[`DWIDTH-2:`MANTISSA]) &  |(a[`DWIDTH-2:`MANTISSA]) ;			// All one exponent and not all zero mantissa - NaN
	assign BNaN = &(b[`DWIDTH-2:`MANTISSA]) &  |(b[`MANTISSA-1:0]);			// All one exponent and not all zero mantissa - NaN
	assign AInf = &(a[`DWIDTH-2:`MANTISSA]) & ~|(a[`DWIDTH-2:`MANTISSA]) ;		// All one exponent and all zero mantissa - Infinity
	assign BInf = &(b[`DWIDTH-2:`MANTISSA]) & ~|(b[`DWIDTH-2:`MANTISSA]) ;		// All one exponent and all zero mantissa - Infinity
	
	// Check for any exceptions and put all flags into exception vector
	assign InputExc = {(ANaN | BNaN | AInf | BInf), ANaN, BNaN, AInf, BInf} ;
	//assign InputExc = {(ANaN | ANaN | BNaN |BNaN), ANaN, ANaN, BNaN,BNaN} ;
	
	// Take input numbers apart
	assign Sa = a[`DWIDTH-1] ;							// A's sign
	assign Sb = b[`DWIDTH-1] ;							// B's sign
	assign Ea = a[`DWIDTH-2:`MANTISSA];						// Store A's exponent in Ea, unless A is an exception
	assign Eb = b[`DWIDTH-2:`MANTISSA];						// Store B's exponent in Eb, unless B is an exception	
//    assign Ma = a[`MANTISSA_MSB:`MANTISSA_LSB];
  //  assign Mb = b[`MANTISSA_MSB:`MANTISSA_LSB];
	


	//assign Mp = ({4'b0001, a[`MANTISSA-1:0]}*{4'b0001, b[`MANTISSA-1:9]}) ;
	assign Mp = ({1'b1,a[`MANTISSA-1:0]}*{1'b1, b[`MANTISSA-1:0]}) ;

	
    //We multiply part of the mantissa here
    //Full mantissa of A
    //Bits MANTISSA_MUL_SPLIT_MSB:MANTISSA_MUL_SPLIT_LSB of B
   // wire [`ACTUAL_MANTISSA-1:0] inp_A;
   // wire [`ACTUAL_MANTISSA-1:0] inp_B;
   // assign inp_A = {1'b1, Ma};
   // assign inp_B = {{(`MANTISSA-(`MANTISSA_MUL_SPLIT_MSB-`MANTISSA_MUL_SPLIT_LSB+1)){1'b0}}, 1'b1, Mb[`MANTISSA_MUL_SPLIT_MSB:`MANTISSA_MUL_SPLIT_LSB]};
   // DW02_mult #(`ACTUAL_MANTISSA,`ACTUAL_MANTISSA) u_mult(.A(inp_A), .B(inp_B), .TC(1'b0), .PRODUCT(Mp));
endmodule
module LUT(addr, exp);
    input [5:0] addr;
    output reg [31:0] exp;

    always @(addr) begin
        case (addr)
			6'b0 		: exp = 32'b00111011110000010011110000000000;
			6'b1 		: exp = 32'b00111010110110000011101111101010;
			6'b10 		: exp = 32'b00111010000010100011101110111110;
			6'b11 		: exp = 32'b00111001010101000011101101111111;
			6'b100 		: exp = 32'b00111000101101000011101100110100;
			6'b101 		: exp = 32'b00111000001001110011101011100000;
			6'b110 		: exp = 32'b00110111010101000011101010000111;
			6'b111 		: exp = 32'b00110110011101110011101000101010;
			6'b1000 		: exp = 32'b00110101101101010011100111001100;
			6'b1001 		: exp = 32'b00110101000010010011100101101110;
			6'b1010 		: exp = 32'b00110100011100100011100100010010;
			6'b1011 		: exp = 32'b00110011110110000011100010111000;
			6'b1100 		: exp = 32'b00110010111011000011100001100001;
			6'b1101 		: exp = 32'b00110010000111000011100000001111;
			6'b1110 		: exp = 32'b00110001011001000011011101111111;
			6'b1111 		: exp = 32'b00110000110000100011011011101010;
			6'b10000 		: exp = 32'b00110000001100110011011001011101;
			6'b10001 		: exp = 32'b00101111011010010011010111011001;
			6'b10010 		: exp = 32'b00101110100010100011010101011101;
			6'b10011 		: exp = 32'b00101101110001010011010011101010;
			6'b10100 		: exp = 32'b00101101000110000011010001111111;
			6'b10101 		: exp = 32'b00101100011111110011010000011100;
			6'b10110 		: exp = 32'b00101011111011110011001110000000;
			6'b10111 		: exp = 32'b00101011000000000011001011010110;
			6'b11000 		: exp = 32'b00101010001011010011001000111010;
			6'b11001 		: exp = 32'b00101001011101000011000110101010;
			6'b11010 		: exp = 32'b00101000110100000011000100100110;
			6'b11011 		: exp = 32'b00101000001111110011000010101101;
			6'b11100 		: exp = 32'b00100111011111100011000000111111;
			6'b11101 		: exp = 32'b00100110100111010010111110110011;
			6'b11110 		: exp = 32'b00100101110101100010111011111010;
			6'b11111 		: exp = 32'b00100101001001110010111001010001;
			6'b100000 		: exp = 32'b00100100100011000010110110111000;
			6'b100001 		: exp = 32'b00100100000000110010110100101100;
			6'b100010 		: exp = 32'b00100011000101000010110010101101;
			6'b100011 		: exp = 32'b00100010001111110010110000111001;
			6'b100100 		: exp = 32'b00100001100001000010101110100000;
			6'b100101 		: exp = 32'b00100000110111100010101011100010;
			6'b100110 		: exp = 32'b00100000010010110010101000110101;
			6'b100111 		: exp = 32'b00011111100101000010100110011001;
			6'b101000 		: exp = 32'b00011110101100000010100100001011;
			6'b101001 		: exp = 32'b00011101111001110010100010001011;
			6'b101010 		: exp = 32'b00011101001101010010100000010111;
			6'b101011 		: exp = 32'b00011100100110010010011101011101;
			6'b101100 		: exp = 32'b00011100000011110010011010100000;
			6'b101101 		: exp = 32'b00011011001010010010010111110101;
			6'b101110 		: exp = 32'b00011010010100100010010101011011;
			6'b101111 		: exp = 32'b00011001100101000010010011010000;
			6'b110000 		: exp = 32'b00011000111011000010010001010011;
			6'b110001 		: exp = 32'b00011000010110000010001111000101;
			6'b110010 		: exp = 32'b00010111101010100010001011111010;
			6'b110011 		: exp = 32'b00010110110001000010001001000011;
			6'b110100 		: exp = 32'b00010101111110000010000110011111;
			6'b110101 		: exp = 32'b00010101010001010010000100001011;
			6'b110110 		: exp = 32'b00010100101001100010000010000110;
			6'b110111 		: exp = 32'b00010100000110100010000000001110;
			6'b111000 		: exp = 32'b00010011001111100001111101000101;
			6'b111001 		: exp = 32'b00010010011001000001111010000100;
			6'b111010 		: exp = 32'b00010001101001000001110111010111;
			6'b111011 		: exp = 32'b00010000111110100001110100111011;
			6'b111100 		: exp = 32'b00010000011001000001110010101111;
			6'b111101 		: exp = 32'b00001111110000010001110000110010;
			6'b111110 		: exp = 32'b00001110110101110001101110000010;
			6'b111111 		: exp = 32'b00001110000010100001101010111001;
        endcase
    end
endmodule
module fptofixed_para (
	fp,
	fx
	);
	
	parameter int_width = 3; // fixed point integer length
	parameter frac_width = 3; // fixed point fraction length

	input [15:0] fp; // Half Precision fp
	output [int_width + frac_width - 1:0] fx;  
	
	wire [15:0] Mant; // mantissa of fp
	wire [4:0] Ea; // non biased exponent
	wire [4:0] Exp; // biased exponent
	reg [15:0] sftfx; // output of shifter block
	reg [15:0] temp;
	
	assign Mant = {6'b000001, fp[9:0]};
	assign Exp = fp[14:10];
	assign Ea = Exp - 15;

	assign fx = temp[9+int_width:10-frac_width];
	

always @(sftfx)
begin
// only negetive numbers as inputs after sorting and subtraction from max
	if (Ea > int_width - 1)
		begin
			temp <= 16'hFFFF; // if there is an overflow
			
		end
	else if ( fp[14:0] == 15'b0)
		begin 
			temp <= 16'b0;
			
		end	
	else // underflow automatically becomes zero
		begin
			temp <= sftfx;
		end
end	

//DW01_ash  #(`DATAWIDTH, 5) ash( .A(Mant[15:0]), .DATA_TC(1'b0), .SH(Ea[4:0]), .SH_TC(1'b1), .B(sftfx));
reg shift_direction;
reg [3:0] shift_magnitude;
always @(*) begin
  shift_direction = Ea[4];  //if this bit is 1, that means Ea was a negative number, which means right shift. if this bit is 0, that means left shift.
  shift_magnitude = (Ea[4] ? ((~Ea[3:0]) + 1) : Ea[3:0]);  //take 2's complement to find the magnitude if negative
  sftfx = (shift_direction ? (Mant[15:0] >> shift_magnitude) : (Mant[15:0] << shift_magnitude)); //perform the actual shift
  //Mant[15:0] is unsigned, so no need to handle sign bit explicitly. zero padding is good on both direction shifts for unsigned numbers.
end

endmodule